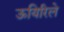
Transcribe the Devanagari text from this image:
ऊयिरिले